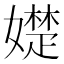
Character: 𡢟